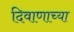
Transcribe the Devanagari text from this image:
दिवाणाच्या